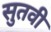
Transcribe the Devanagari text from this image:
सुतवी